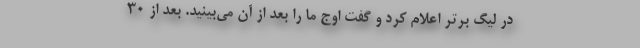
در لیگ برتر اعلام کرد و گفت اوج ما را بعد از آن می‌بینید. بعد از 30